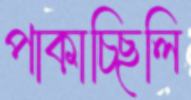
পাকাচ্ছিলি